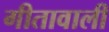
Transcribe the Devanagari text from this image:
गीतावाली